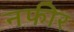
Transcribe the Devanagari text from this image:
नफीर